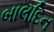
બાલદિન